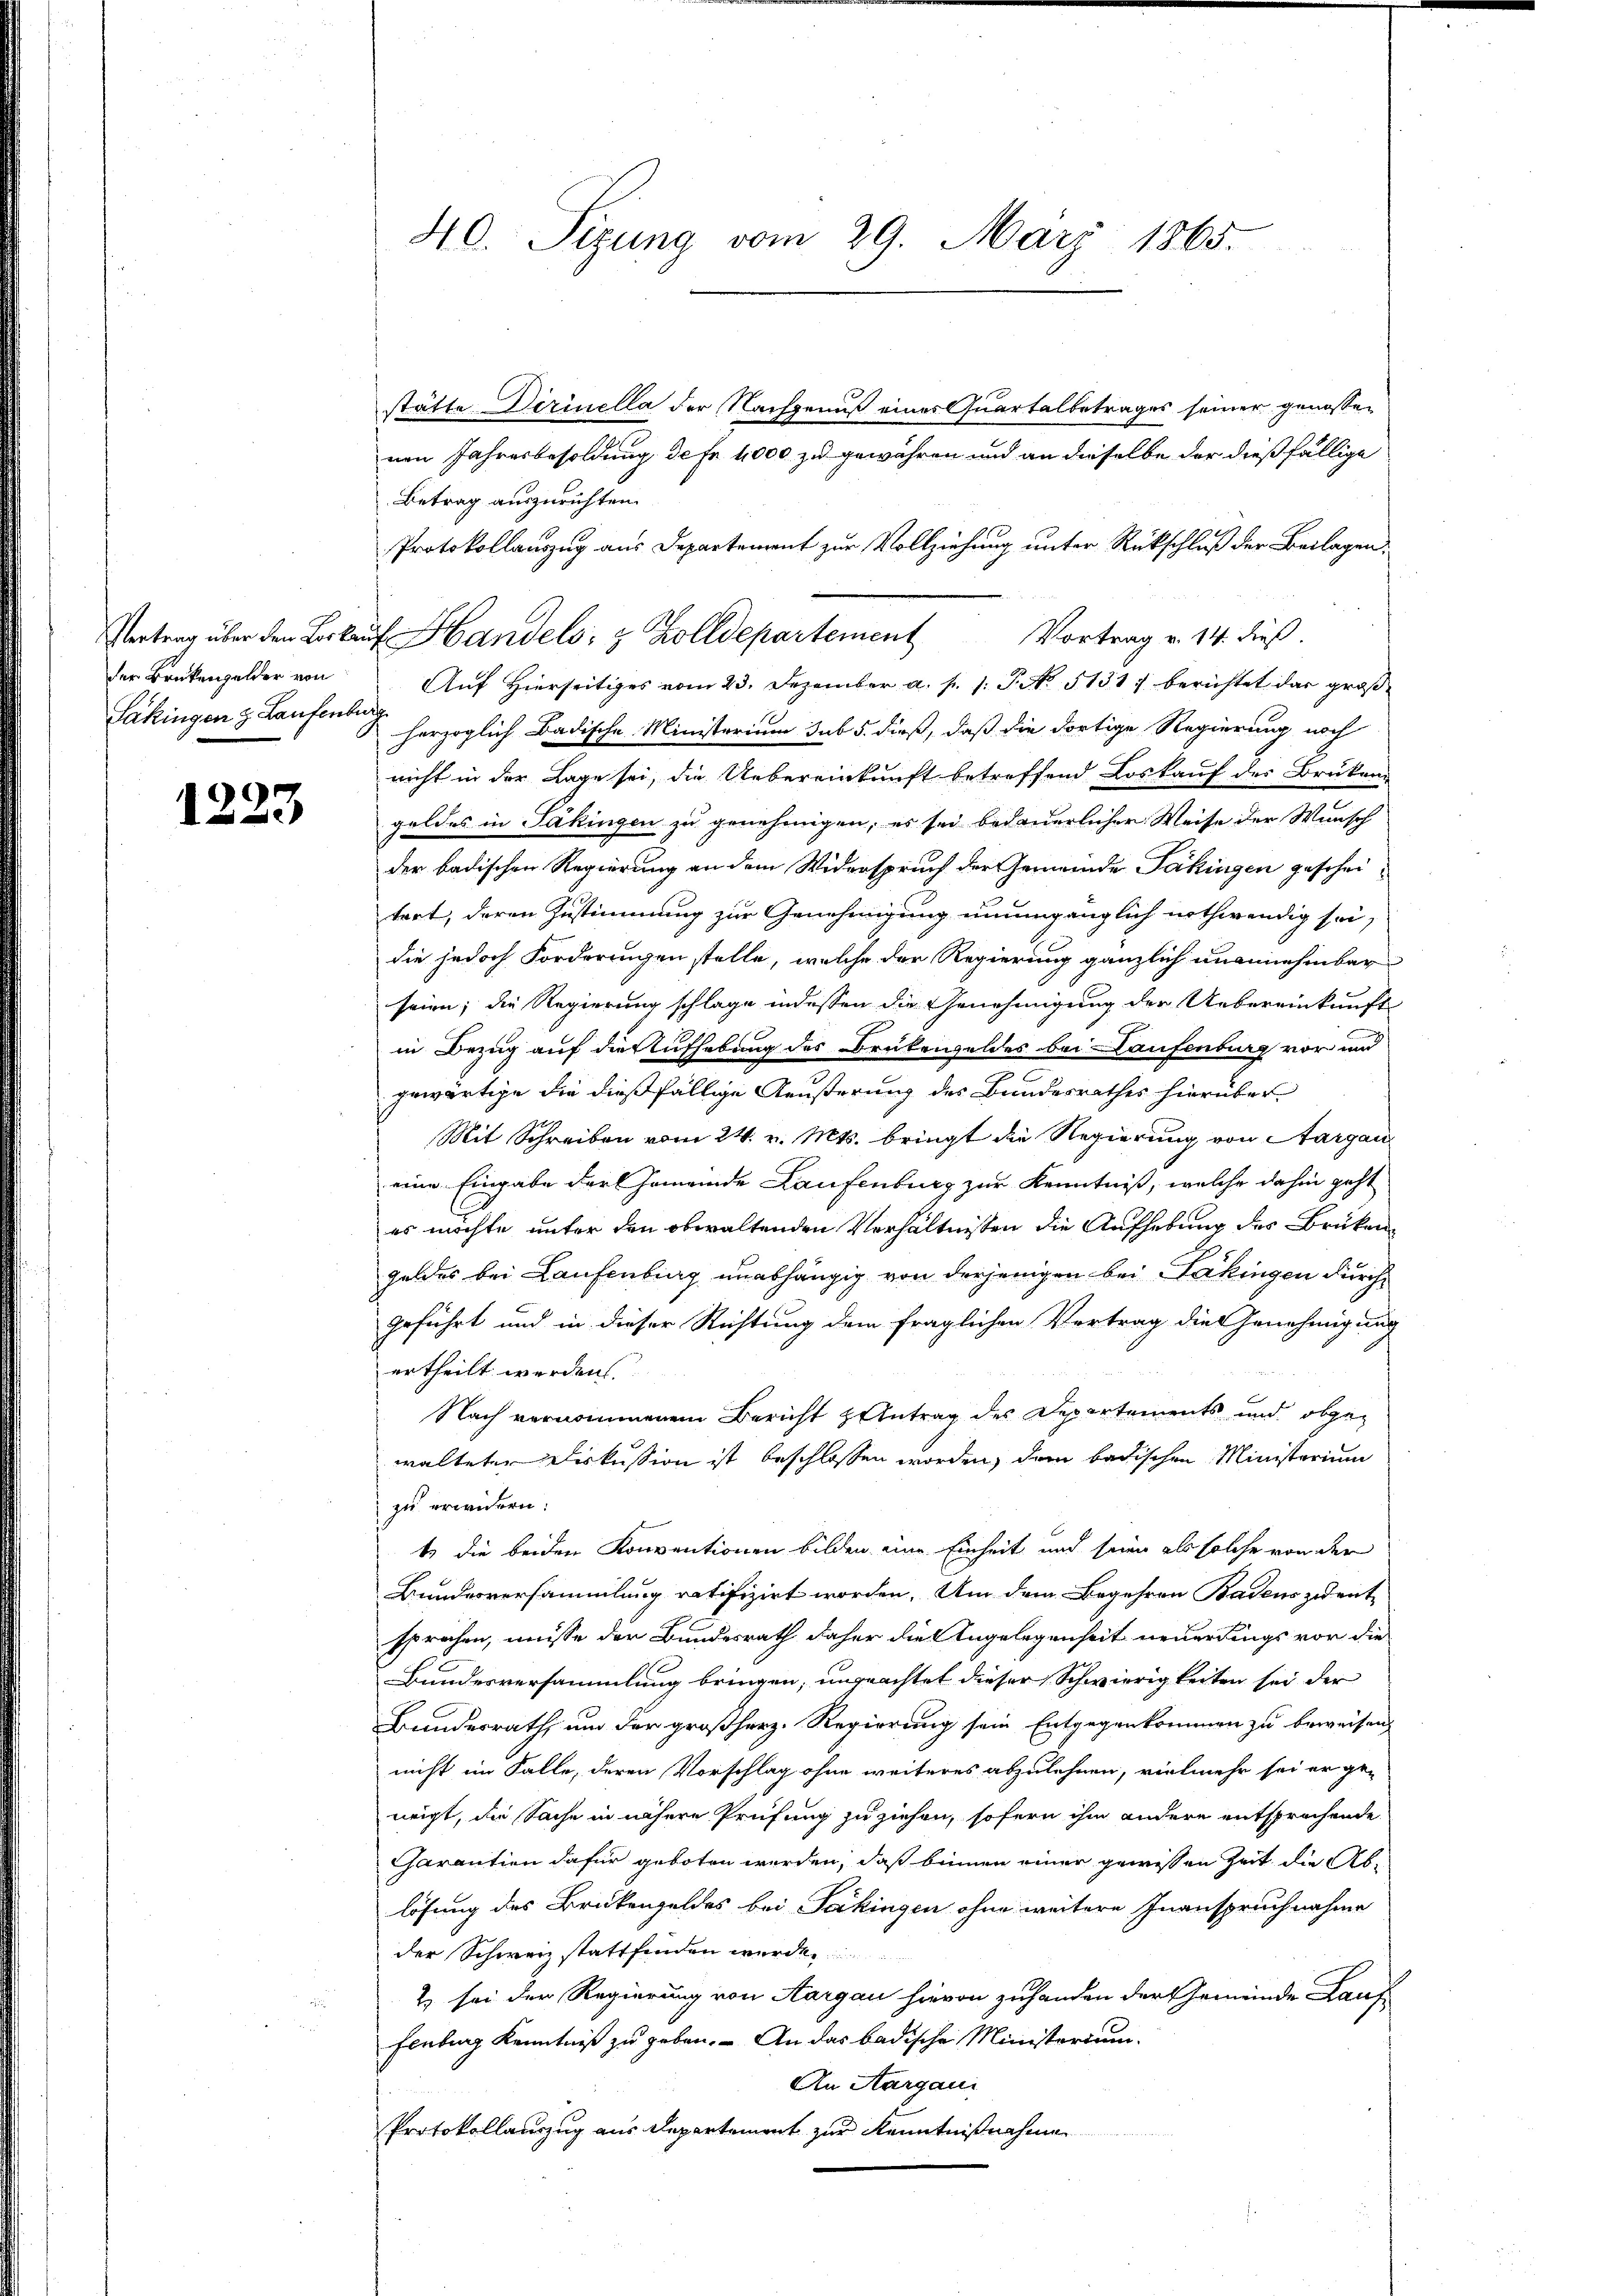
der Brükengelder von
Päkingen z. Laufenburg

1223

40. Sizung vom 29. März 1865.

stätte Dirinella der Nachgenuß eines Quartalbetrages seiner genossen
nen Jahresbesoldung, de fr. 4000 zu gewähren und an dieselbe der dießfällige
Betrag auszurichten.
Protokollauszug aus Departement zur Vollziehung unter Rückschluß der Beilagen,
Auf Hierseitiges vom 23. Dezember a. p. 1. P. No. 5131) berichtet das großherzoglich Badische Ministerium sub 5. dieß, daß die dortige Regierung noch
nicht in der Lage sei, die Uebereinkunft betreffend Loskauf der Brüken-
goldes in Säkingen zu genehmigen, es sei bedauerlicher Weise der Wunsch
der badischen Regierung an dem Widerspruch der Gemeinde Pakingen geschei-
tort, deren Zustimmung zur Genehmigung unumgänglich nothwendig sei,
die jedoch Forderungen stelle, welche der Regierung gänzlich unannehmbar
seien; die Regierung schlage indessen die Genehmigung der Uebereinkunft
in Bezug auf die Aufhebung des Drukenfeldes bei Laufenburg vor und
gewärtige die dießfällige Aeußerung des Bandesrathes hierüber
Mit Schreiben vom 24. v. Mts. bringt die Regierung von Aargau
eine Eingabe der Gemeinde Laufenburg zur Kenntniß, welche dahin geht
es möchte unter den obwaltenden Verhältnissen die Aufhebung des Brüken
gelder bei Laufenburg unabhängig von derjenigen bei Lakingen durch
geführt und in dieser Richtung dem fraglichen Vertrag die Genehmigung
ertheilt werden.
Nach vernommenen Bericht antrag des Departements und obgewalteten Diskussion ist beschlossen worden, dem badischen Ministerium
zu erwidern.
t die beiden Konventionen bilden eine Einheit und seine als solche von der
Bundesversammlung ratifizirt worden. Um dem Begehren Badenszudente
sprochen, müsse der Bundesrath daher die Angelegenheit neuerdings vor die
Bundesversammlung bringen, ungeachtet dieser Schwierigkeiten sei der
Bundesrath, um der großherz. Regierung sein Entgegenkommen zu beweisen,
nicht im Falle, deren Vorschlag ohne weiteres abzulehnen, vielmehr sei er ge-
neigt, die Sache in nähere Prüfung zu ziehen, sofern ihm andere entsprechende
Garantien dafür geboten werden, daß binnen einer gewissen Zeit die Ablösung des Brükengeldes bei Sakingen ohne weitere Inanspruchnahme
der Schweiz stattfinden würde.
2) sei der Regierung von Aargau hievon zuhanden der Gemeinde Lauf
Fenburg Kenntniß zu geben. – An das badische Ministerium
An Aargaui
Protokollauszug aus Departement zur Kenntnißnahme

Vertrag über den Loskauf Handels- & Zolldepartement Vortrag v. 14. dieß.